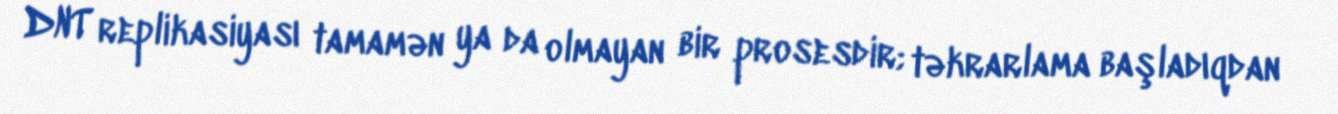
DNT replikasiyası tamamən ya da olmayan bir prosesdir; təkrarlama başladıqdan